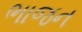
ભાજન